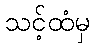
သင့်ထံမှ